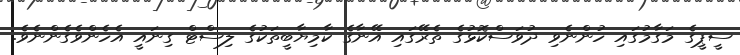
ސީޕީގެ މަގާމުގައި ހުންނެވި ދުވަސްކޮޅުގެ ތެރޭގައި އޭނާގެ ކާމިޔާބީތަކުގެ ލިސްޓް ގިނައީ އެހެންވެގެންނެވެ.